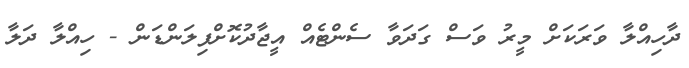
ދާހިއްލާ ވަރަކަށް މީރު ވަސް ގަދަވާ ސެންޓެއް އީޖާދުކޮށްފިލަންޑަން - ހިއްލާ ދަލާ